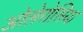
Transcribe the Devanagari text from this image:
ओलेरोसिया